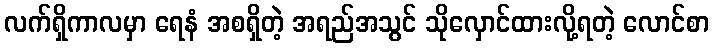
လက်ရှိကာလမှာ ရေနံ အစရှိတဲ့ အရည်အသွင် သိုလှောင်ထားလို့ရတဲ့ လောင်စာ